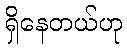
ရှိနေတယ်ဟု